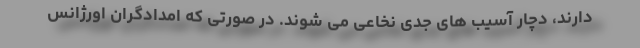
دارند، دچار آسیب های جدی نخاعی می شوند. در صورتی که امدادگران اورژانس